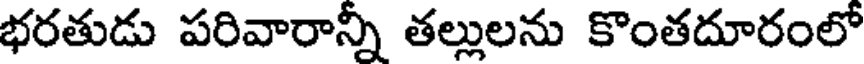
భరతుడు పరివారాన్నీ తల్లులను కొంతదూరంలో